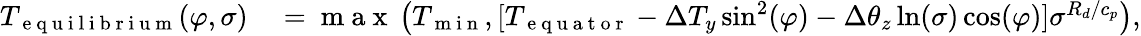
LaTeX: \begin{array}{rl}{T_{\mathrm{~e~q~u~i~l~i~b~r~i~u~m~}}(\varphi,\sigma)}&{{}=\mathrm{~m~a~x~}\left(T_{\mathrm{~m~i~n~}},[T_{\mathrm{~e~q~u~a~t~o~r~}}-\Delta T_{y}\sin^{2}(\varphi)-\Delta\theta_{z}\ln(\sigma)\cos(\varphi)]\sigma^{R_{d}/c_{p}}\right),}\end{array}